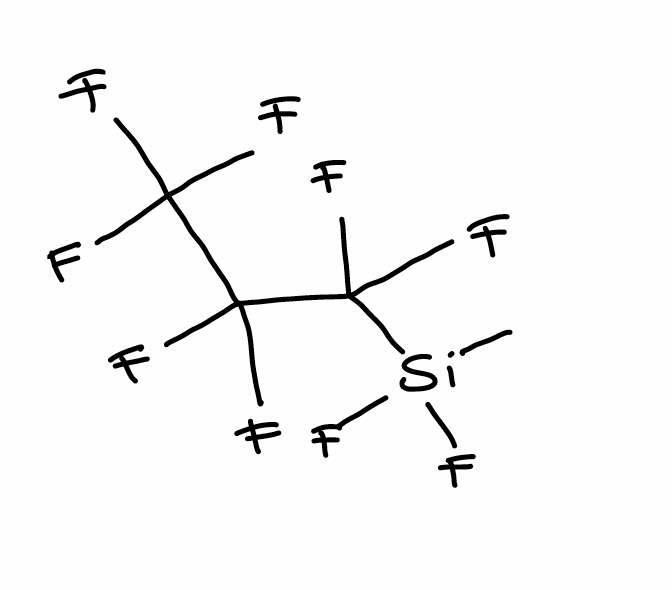
Simplified molecular-input line-entry system (SMILES) notation of the given molecule:
C[Si](C(C(C(F)(F)F)(F)F)(F)F)(F)F